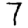
Digit: 7